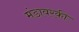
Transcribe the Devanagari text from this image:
मंडावरकी